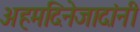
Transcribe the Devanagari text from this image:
अहमदिनेजादांनी